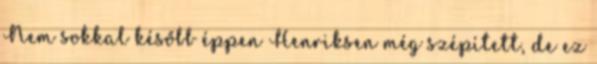
Nem sokkal később éppen Henriksen még szépített, de ez